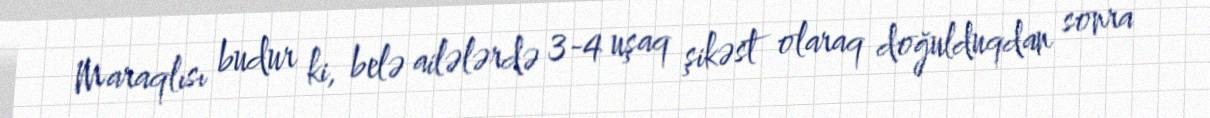
Maraqlısı budur ki, belə ailələrdə 3-4 uşaq şikəst olaraq doğulduqdan sonra